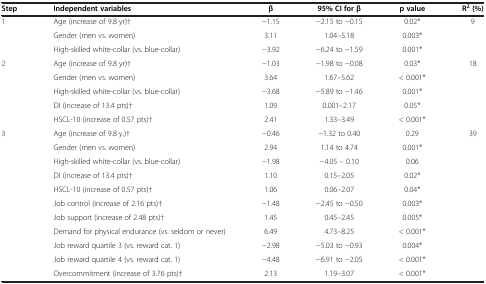
<table><thead><tr><td><b>Step</b></td><td><b>Independent variables</b></td><td><b>β</b></td><td><b>95% CI for β</b></td><td><b>p value</b></td><td><b>R<sup>2</sup>(%)</b></td></tr></thead><tbody><tr><td rowspan="3">1</td><td>Age (increase of 9.8 yr)†</td><td>-1.15</td><td>-2.15 to -0.15</td><td>0.02*</td><td>9</td></tr><tr><td>Gender (men vs. women)</td><td>3.11</td><td>1.04–5.18</td><td>0.003*</td><td> </td></tr><tr><td>High-skilled white-collar (vs. blue-collar)</td><td>-3.92</td><td>-6.24 to -1.59</td><td>0.001*</td><td> </td></tr><tr><td rowspan="5">2</td><td>Age (increase of 9.8 yr)†</td><td>-1.03</td><td>-1.98 to -0.08</td><td>0.03*</td><td>18</td></tr><tr><td>Gender (men vs. women)</td><td>3.64</td><td>1.67–5.62</td><td>&lt; 0.001*</td><td> </td></tr><tr><td>High-skilled white-collar (vs. blue-collar)</td><td>-3.68</td><td>-5.89 to -1.46</td><td>0.001*</td><td> </td></tr><tr><td>DI (increase of 13.4 pts)†</td><td>1.09</td><td>0.001–2.17</td><td>0.05*</td><td> </td></tr><tr><td>HSCL-10 (increase of 0.57 pts)†</td><td>2.41</td><td>1.33–3.49</td><td>&lt; 0.001*</td><td> </td></tr><tr><td rowspan="10">3</td><td>Age (increase of 9.8 y.)†</td><td>-0.46</td><td>-1.32 to 0.40</td><td>0.29</td><td>39</td></tr><tr><td>Gender (men vs. women)</td><td>2.94</td><td>1.14 to 4.74</td><td>0.001*</td><td> </td></tr><tr><td>High-skilled white-collar (vs. blue-collar)</td><td>-1.98</td><td>-4.05 – 0.10</td><td>0.06</td><td> </td></tr><tr><td>DI (increase of 13.4 pts)†</td><td>1.10</td><td>0.15–2.05</td><td>0.02*</td><td> </td></tr><tr><td>HSCL-10 (increase of 0.57 pts)†</td><td>1.06</td><td>0.06–2.07</td><td>0.04*</td><td> </td></tr><tr><td>Job control (increase of 2.16 pts)†</td><td>-1.48</td><td>-2.45 to -0.50</td><td>0.003*</td><td> </td></tr><tr><td>Job support (increase of 2.48 pts)†</td><td>1.45</td><td>0.45–2.45</td><td>0.005*</td><td> </td></tr><tr><td>Demand for physical endurance (vs. seldom or never)</td><td>6.49</td><td>4.73–8.25</td><td>&lt; 0.001*</td><td> </td></tr><tr><td>Job reward quartile 3 (vs. reward cat. 1)</td><td>-2.98</td><td>-5.03 to -0.93</td><td>0.004*</td><td> </td></tr><tr><td>Job reward quartile 4 (vs. reward cat. 1)</td><td>-4.48</td><td>-6.91 to -2.05</td><td>&lt; 0.001*</td><td> </td></tr><tr><td> </td><td>Overcommitment (increase of 3.76 pts)†</td><td>2.13</td><td>1.19–3.07</td><td>&lt; 0.001*</td><td> </td></tr></tbody></table>